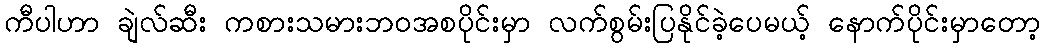
ကီပါဟာ ချဲလ်ဆီး ကစားသမားဘဝအစပိုင်းမှာ လက်စွမ်းပြနိုင်ခဲ့ပေမယ့် နောက်ပိုင်းမှာတော့